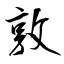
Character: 敦